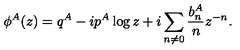
\phi ^ { A } ( z ) = q ^ { A } - i p ^ { A } \log { z } + i \sum _ { n \not = 0 } { { \frac { b _ { n } ^ { A } } { n } } z ^ { - n } } .